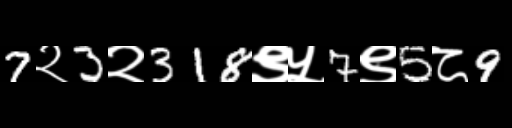
Text: 7२3२318९५7९5८9